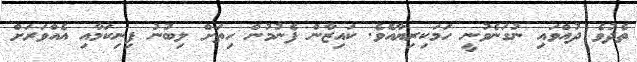
ތެދުވެ ދުއްވައި ނުގަނެވުނީ ހަމަކިރިޔާއެވެ. ކައިޒާން ފެނުމުން ހިތަށް ލިބުނު ފިނިކަމާއި އެއްވަރަށް